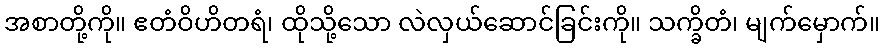
အစာတို့ကို။ ဧတံဝိဟိတရံ၊ ထိုသို့သော လဲလှယ်ဆောင်ခြင်းကို။ သက္ခိတံ၊ မျက်မှောက်။